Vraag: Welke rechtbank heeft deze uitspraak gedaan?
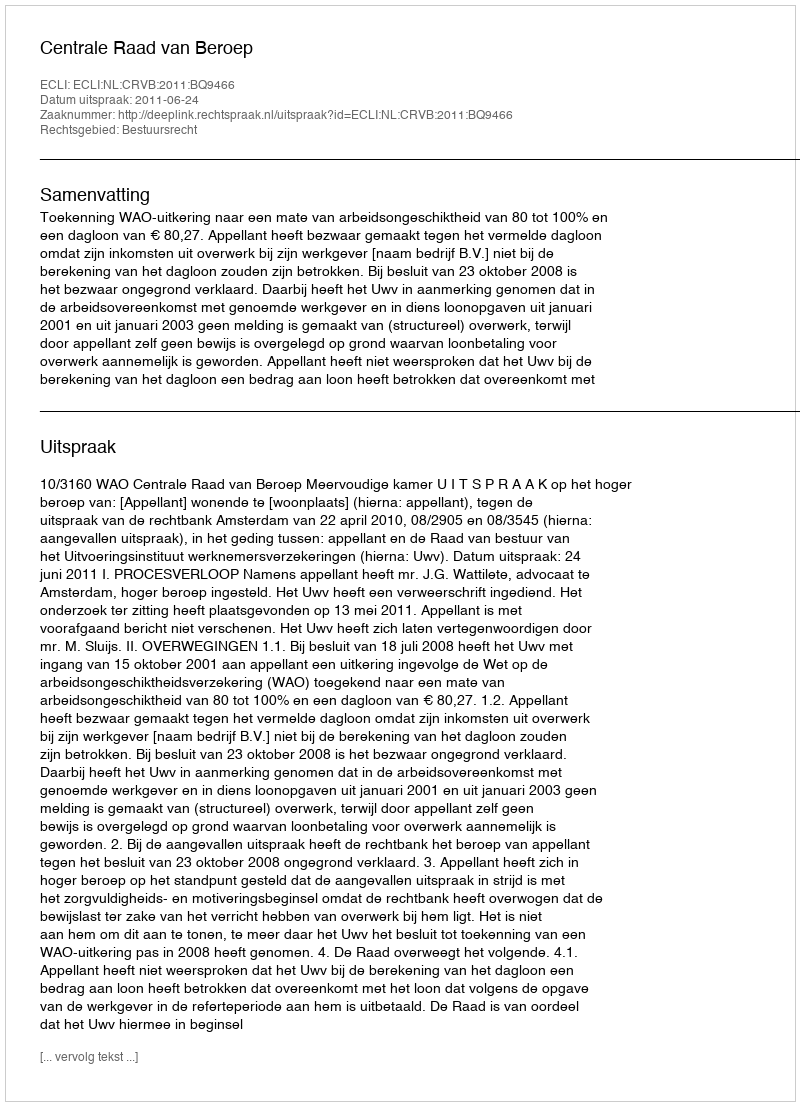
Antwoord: Centrale Raad van Beroep